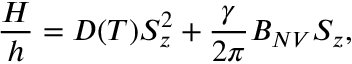
\frac { H } { h } = D ( T ) S _ { z } ^ { 2 } + \frac { \gamma } { 2 \pi } B _ { N V } S _ { z } ,